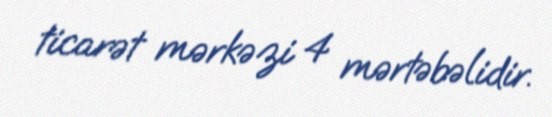
ticarət mərkəzi 4 mərtəbəlidir.